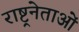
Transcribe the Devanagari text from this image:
राष्ट्रनेताओं